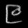
Digit: ၉